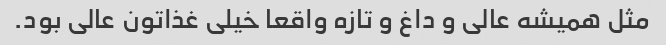
مثل همیشه عالی و داغ و تازه واقعا خیلی غذاتون عالی بود.